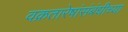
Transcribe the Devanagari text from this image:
वक्रतारेषांसंबंधीच्या